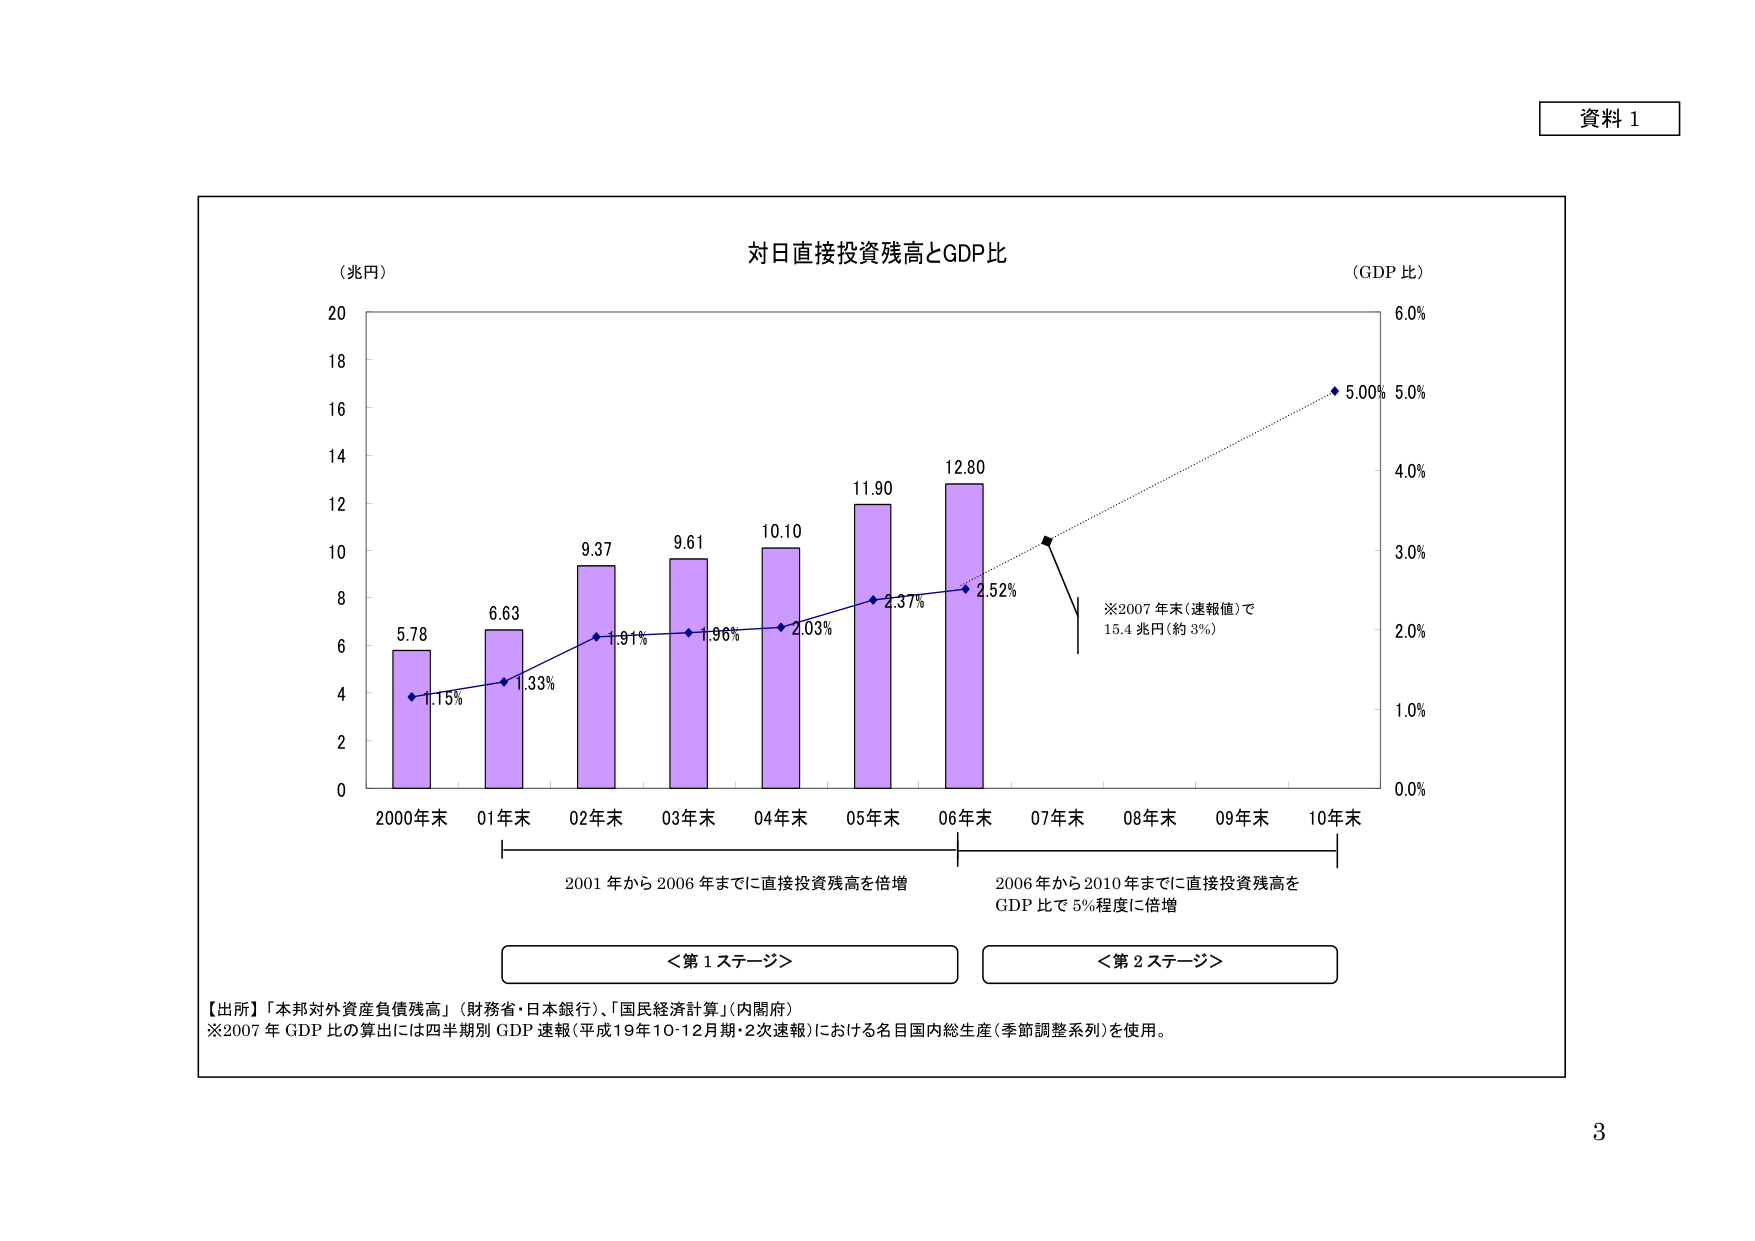
資料 1

対日直接投資残高とGDP比

（兆円）
20
18
16
14
12
10
8
6
4
2
0

（GDP 比）
6.0%
5.0%
4.0%
3.0%
2.0%
1.0%
0.0%

5.78
1.15%
6.63
1.33%
9.37
1.91%
9.61
1.96%
10.10
2.03%
11.90
2.37%
12.80
2.52%
5.00%

2000年末
01年末
02年末
03年末
04年末
05年末
06年末
07年末
08年末
09年末
10年末

※2007 年末（速報値）で
15.4 兆円（約 3%）

2001 年から 2006 年までに直接投資残高を倍増
＜第 1 ステージ＞

2006 年から 2010 年までに直接投資残高を
GDP 比で 5%程度に倍増
＜第 2 ステージ＞

【出所】「本邦対外資産負債残高」（財務省・日本銀行）、「国民経済計算」（内閣府）
※2007 年 GDP 比の算出には四半期別 GDP 速報（平成 19年10-12月期・2次速報）における名目国内総生産（季節調整系列）を使用。

3